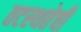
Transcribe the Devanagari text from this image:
तटस्थतेची